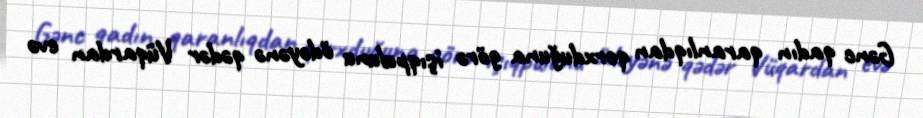
Gənc qadın qaranlıqdan qorxduğuna görə işıqpulunu ödəyənə qədər Vüqardan evə